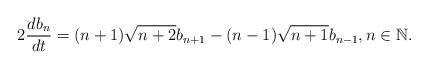
LaTeX: \begin{align*}2 \frac{d b_n}{dt} = (n+1) \sqrt{n+2} b_{n+1} - (n-1) \sqrt{n+1} b_{n-1}, n \in \mathbb{N}.\end{align*}